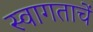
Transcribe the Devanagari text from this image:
स्वागताचें